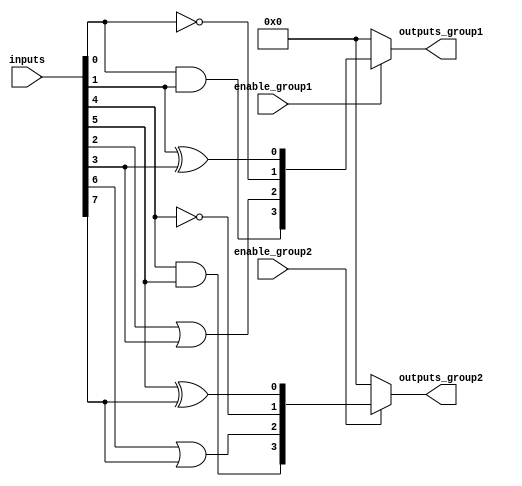
module adjacency_groups (
    input wire [7:0] inputs,        // 8-bit input signal
    input wire enable_group1,       // Control signal for group 1
    input wire enable_group2,       // Control signal for group 2
    output wire [3:0] outputs_group1, // Outputs for group 1
    output wire [3:0] outputs_group2  // Outputs for group 2
);

// Group 1: Inputs 0, 1, 2, 3 (inputs[3:0])
// Group 2: Inputs 4, 5, 6, 7 (inputs[7:4])

// Group 1 Logic
assign outputs_group1 = enable_group1 ? {
    inputs[0] & inputs[1], // AND operation
    inputs[2] | inputs[3], // OR operation
    ~inputs[0],            // NOT operation
    inputs[1] ^ inputs[3]  // XOR operation
} : 4'b0000; // Output 0 if group is disabled

// Group 2 Logic
assign outputs_group2 = enable_group2 ? {
    inputs[4] & inputs[5], // AND operation
    inputs[6] | inputs[7], // OR operation
    ~inputs[4],            // NOT operation
    inputs[5] ^ inputs[7]  // XOR operation
} : 4'b0000; // Output 0 if group is disabled

endmodule